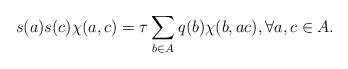
LaTeX: \begin{align*}s(a)s(c)\chi(a,c)=\tau\sum_{b\in A}q(b)\chi(b,ac), \forall a, c \in A.\end{align*}